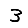
Digit: 3